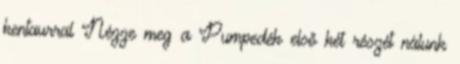
kentaurral Nézze meg a Pumpedék első két részét nálunk